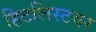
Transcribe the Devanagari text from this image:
हिटलिस्टवर